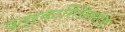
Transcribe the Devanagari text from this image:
पत्रकारितेमधील